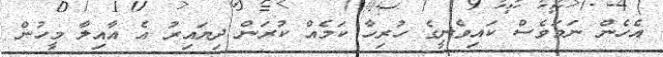
އެހެން ނަމަވެސް ކައިވެނީގެ ހުރިހާ ކަމެއް ކުރަން ދިޔައިރު އެ އާއިލާ މީހުން